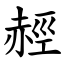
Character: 䞓